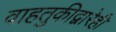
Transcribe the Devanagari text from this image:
वाहतुकीद्वारेही